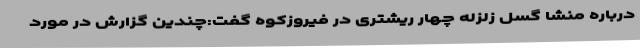
درباره منشا گسل زلزله چهار ریشتری در فیروزکوه گفت:چندین گزارش در مورد